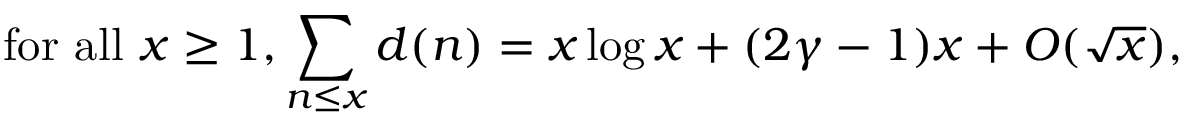
{ \mathrm { f o r ~ a l l ~ } } x \geq 1 , \sum _ { n \leq x } d ( n ) = x \log x + ( 2 \gamma - 1 ) x + O ( { \sqrt { x } } ) ,